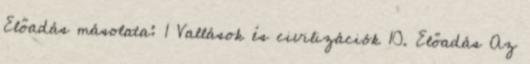
Előadás másolata: 1 Vallások és civilizációk 10. Előadás Az